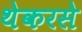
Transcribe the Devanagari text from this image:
थेकरसे